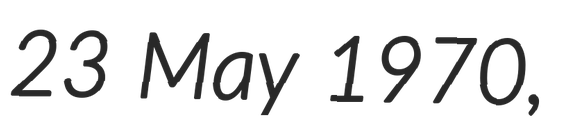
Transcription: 23 May 1970,